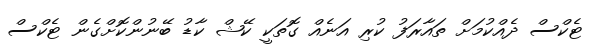
ޓެކްސް ދެއްކުމަށް ތައާރަފު ކުރި އަނެއް ގޮތަކީ ކޭޝް ކާޑު ބޭނުންކޮށްގެން ޓެކްސް